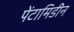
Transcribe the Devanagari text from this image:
पेंटामिडीन